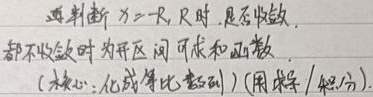
当判断为\(-R,R\)时，判断是否收敛。都不收敛时为开区间，可求和函数。（核心：化成等比数列）（用求导/积分）。